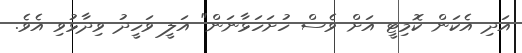
އަދި އެކަން ކޮމިޓީ އަށް ވެސް ހުށަހަޅާނަން" އަލީ ވަހީދު ވިދާޅުވި އެވެ.